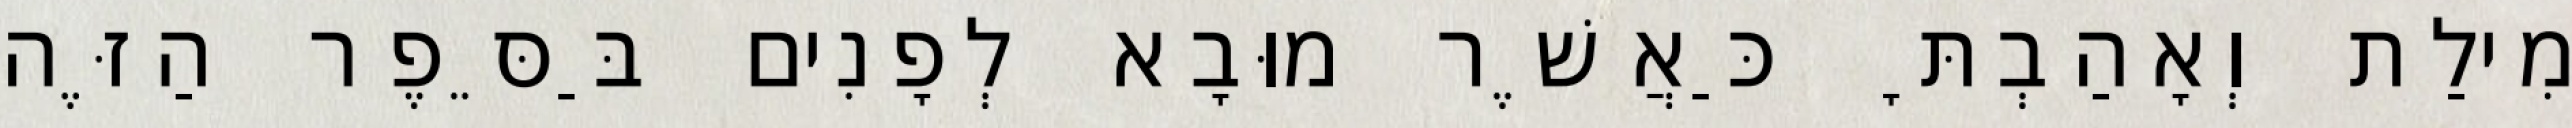
מִילַת וְאָהַבְתָּ כַּאֲשֶׁר מוּבָא לְפָנִים בַּסֵּפֶר הַזֶּה